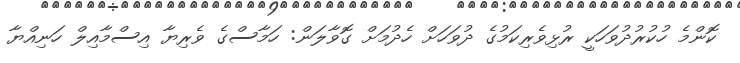
ކޮންމެ ހުކުރުދުވަހަކީ ރުޅިވެރިކަމުގެ ދުވަހަށް ހެދުމަށް ގޮވާލަން: ހަމާސްގެ ވެރިޔާ އިސްމާއިލް ހަނިއްޔާ